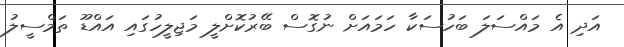
އަދި އެ މައްސަލަ ބަހުސަކާ ހަމައަށް ނުގޮސް ބޭރުކޮށްލީ މަޖިލީހުގައި އައްޑޫ ތަމްސީލު